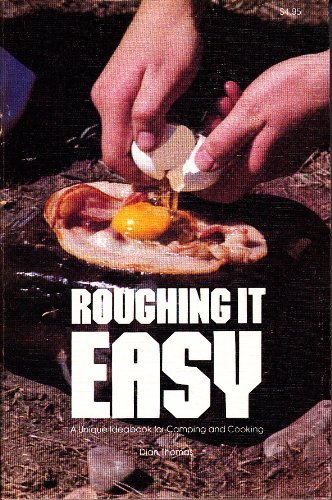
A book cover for Roughing it easy;: A unique ideabook for camping and cooking; Dian Thomas; Cookbooks, Food & Wine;